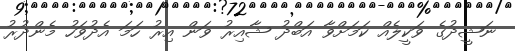
ނަޝީދުގެ ވަކީލެއް ކަމަށްވާ އަބްދު ޝާއިރު ވަން އިރު ހަމަ އެދުވަހު މެންދުރު